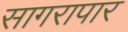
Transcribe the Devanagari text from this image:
सागरापार